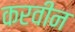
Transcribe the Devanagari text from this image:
करवीन